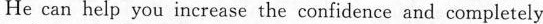
He can help you inerease the confidence and completely